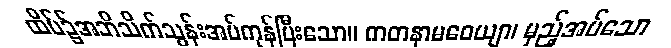
ထိပ်၌အဘိသိက်သွန်းအပ်ကုန်ပြီးသော။ ကတနာမဓေယျာ၊ မှည့်အပ်သော